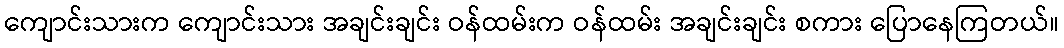
ကျောင်းသားက ကျောင်းသား အချင်းချင်း ဝန်ထမ်းက ဝန်ထမ်း အချင်းချင်း စကား ပြောနေကြတယ်။